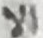
الا